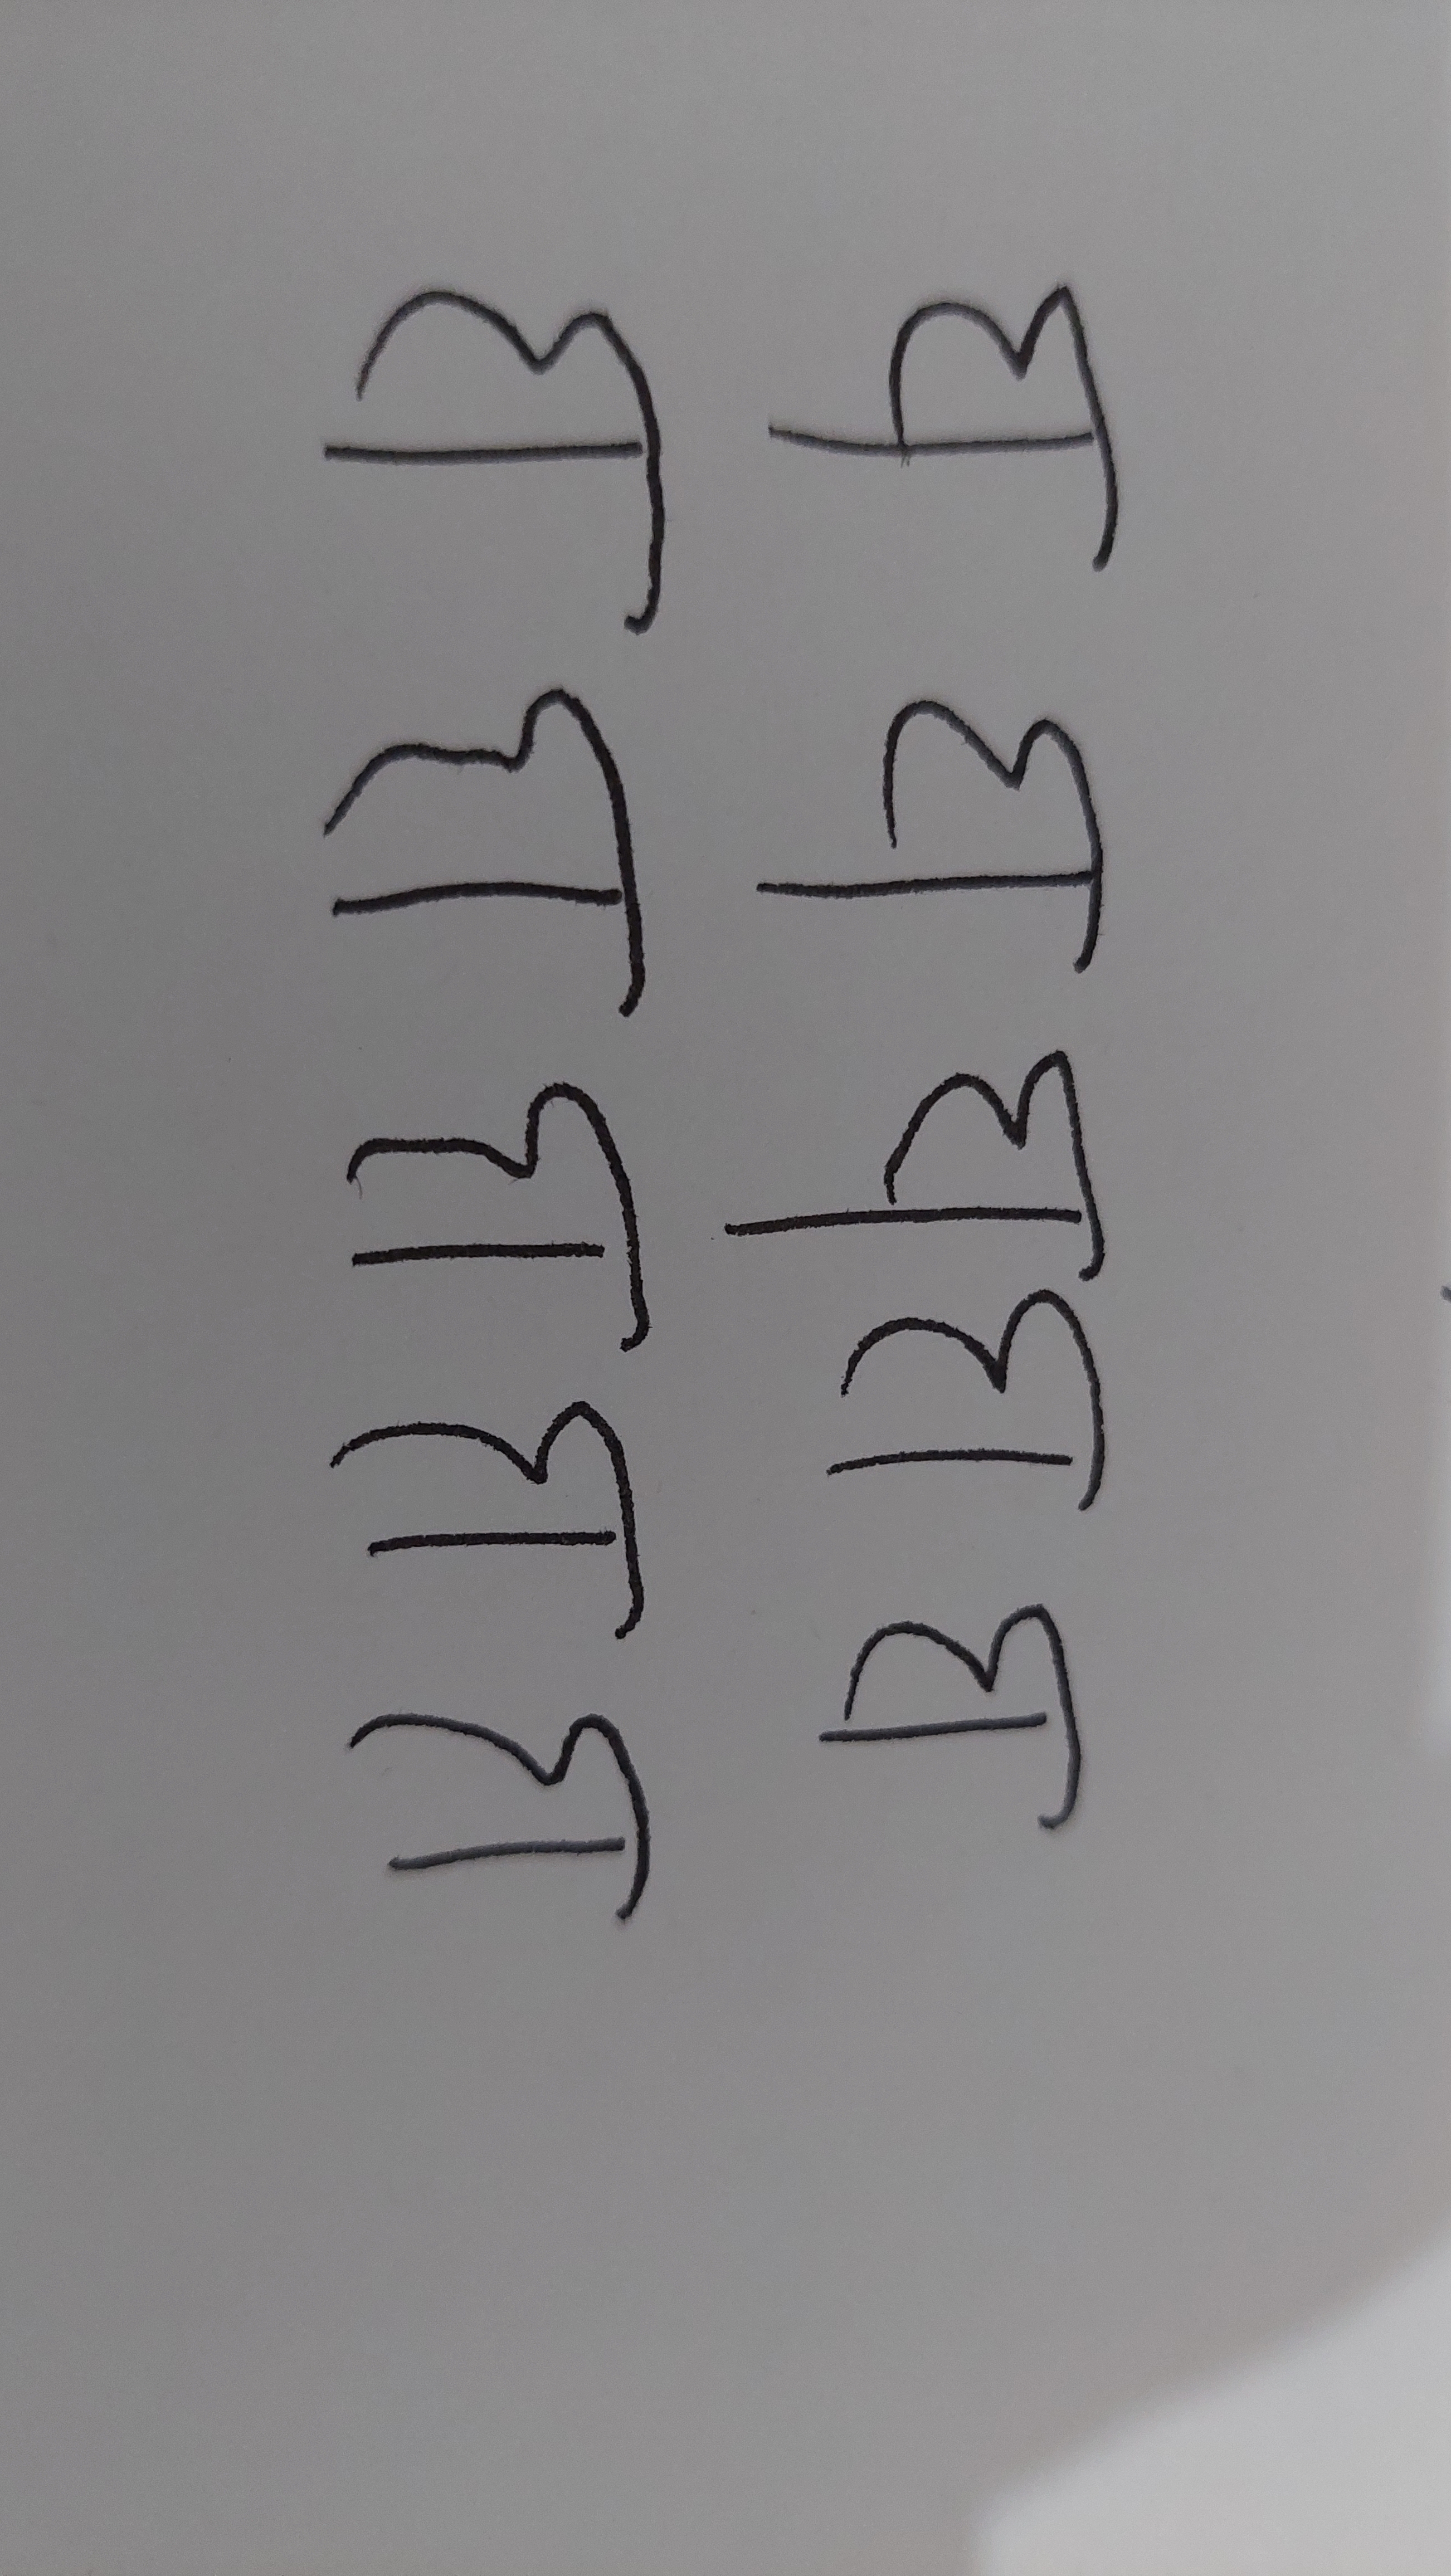
Signature authenticity: forged